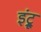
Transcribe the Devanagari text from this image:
इंट्रू